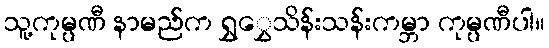
သူ့ကုမ္ပဏီ နာမည်က ရွှွှေသိန်းသန်းကမ္ဘာ ကုမ္ပဏီပါ။